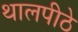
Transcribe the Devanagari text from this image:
थालपीठे